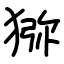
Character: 猕